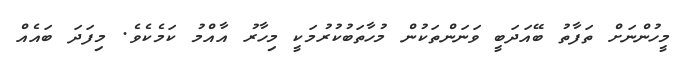
މީހުންނަށް ތަފާތު ބޭއަދަބީ ވަނަންތަކުން މުހާތަބުކުރުމަކީ މިހާރު އާއްމު ކަމެކެވެ. މިފަދަ ބައެއް